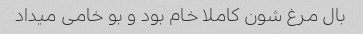
بال مرغ شون کاملا خام بود و بو خامی میداد